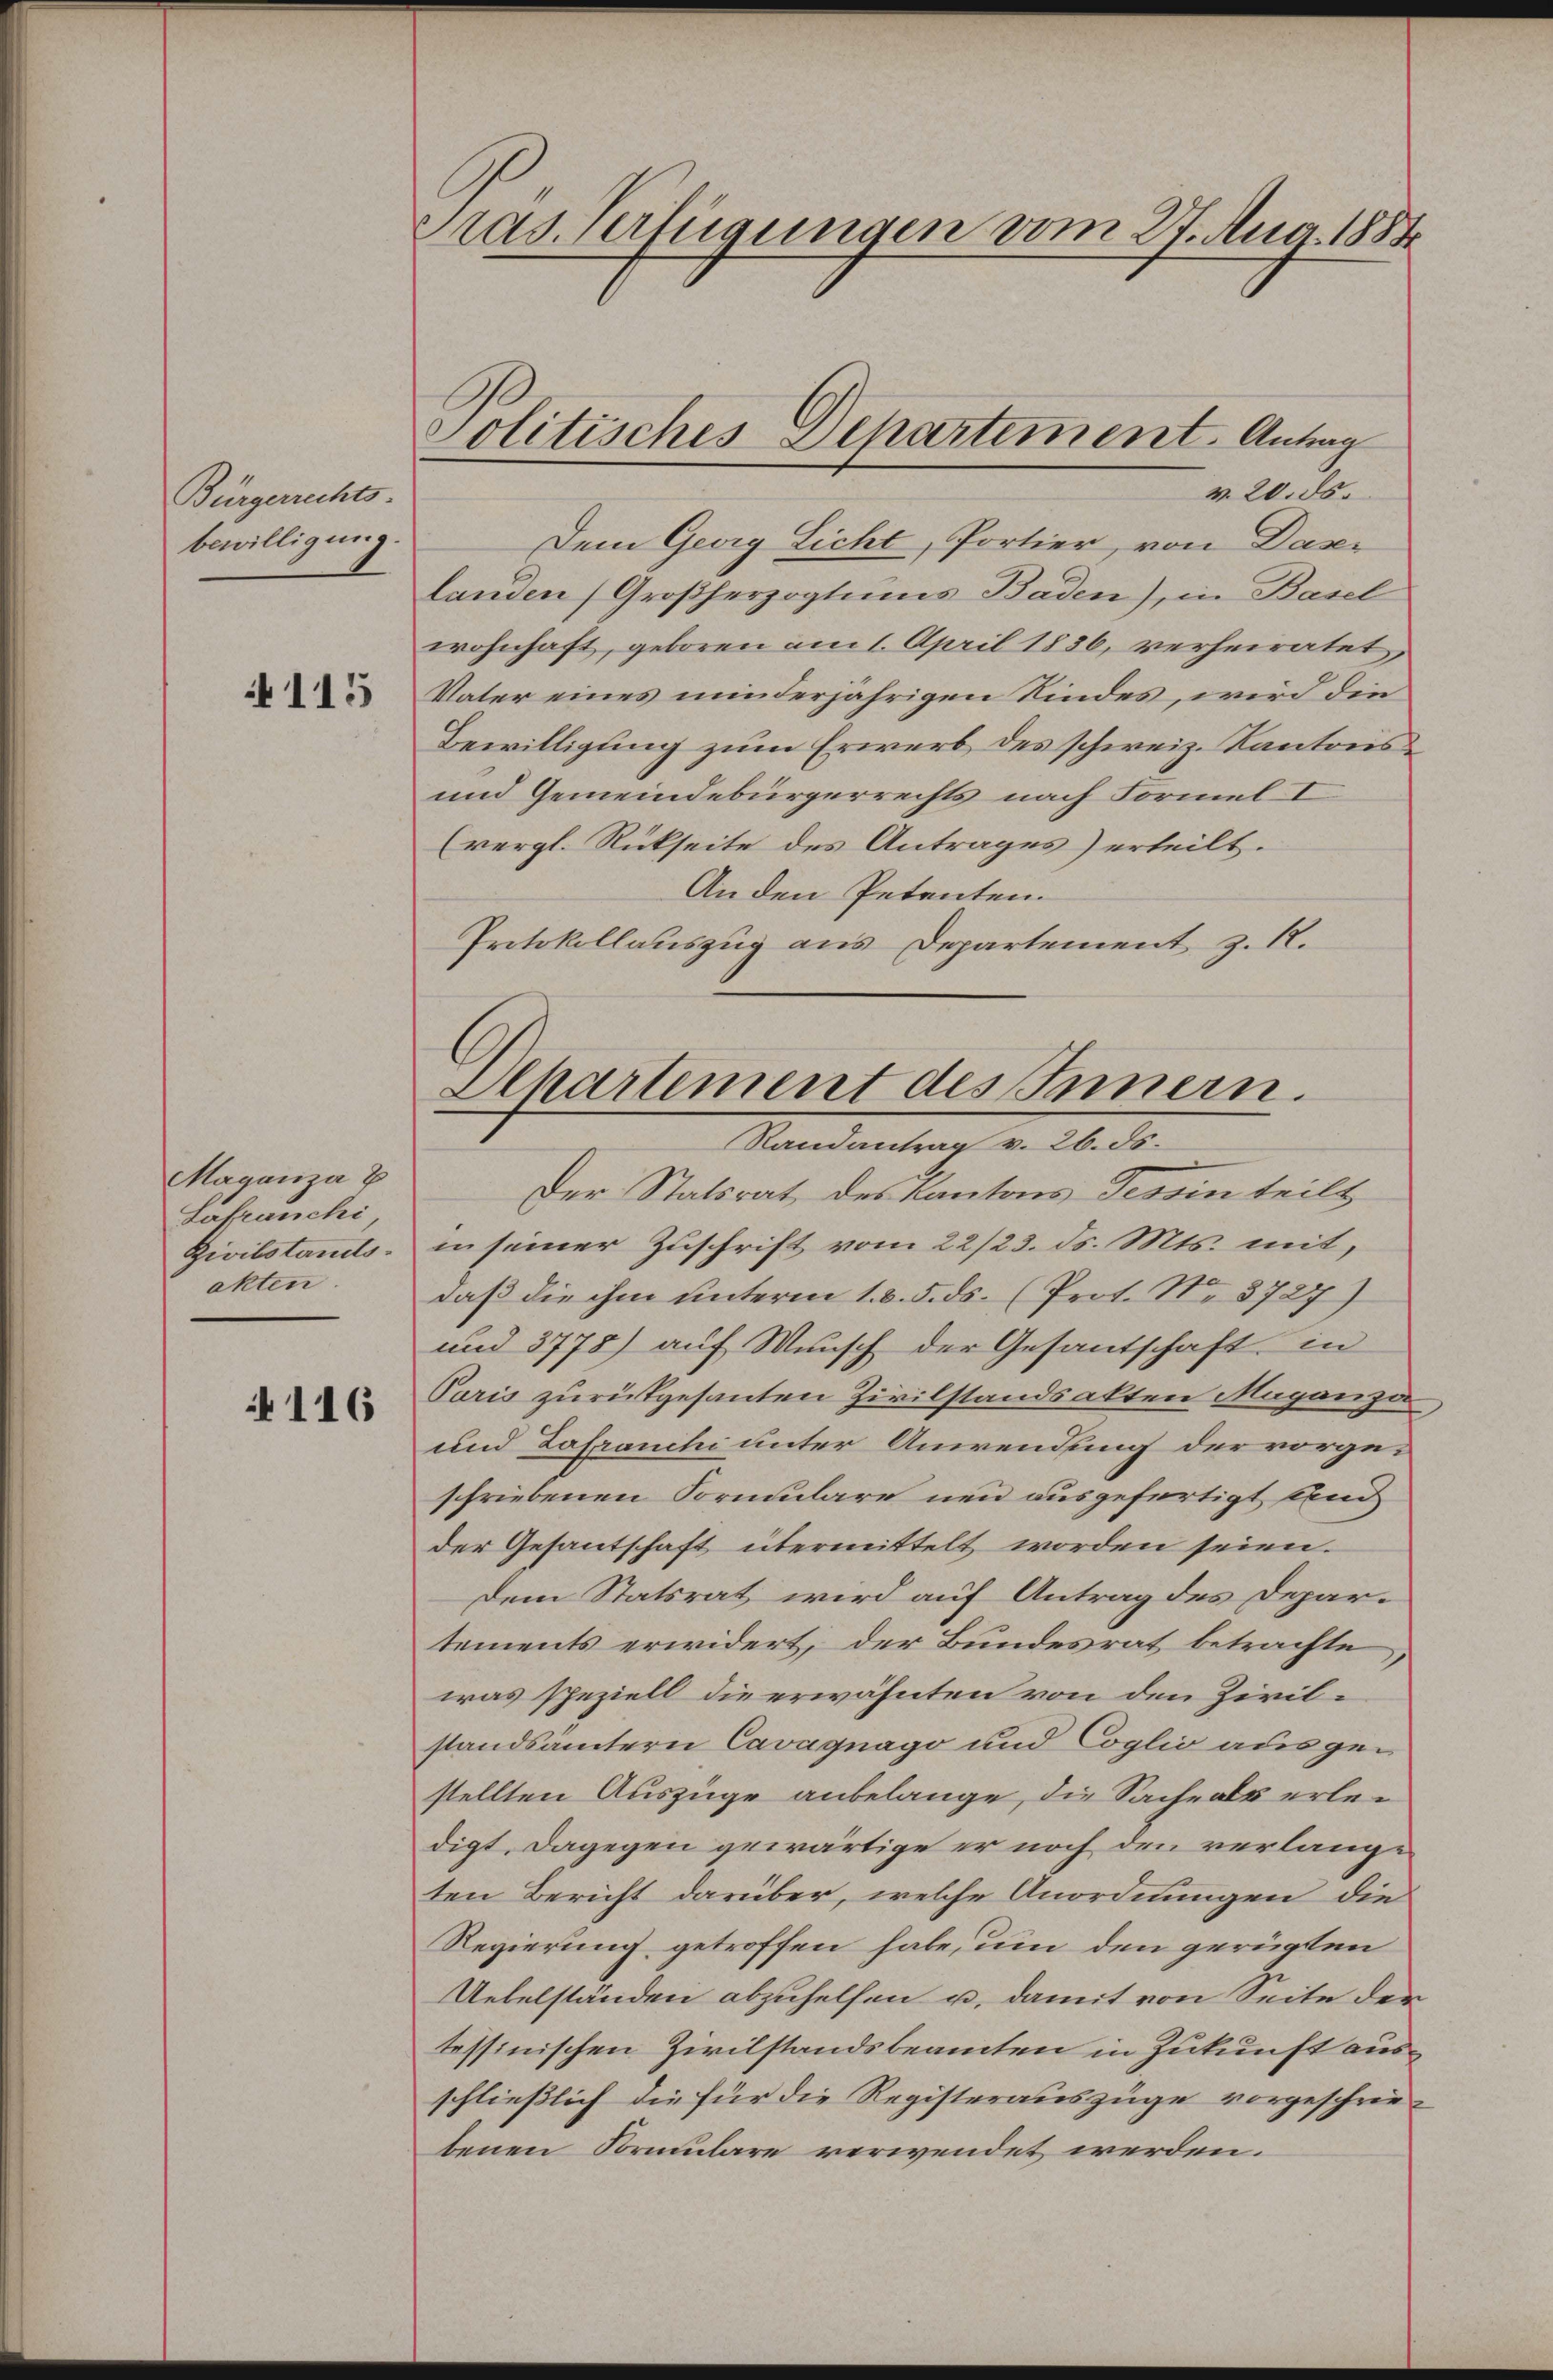
Bürgerrechts-
bewilligung.
4115

Maganza p
Latranchi
Zivilstands
akten.

116

Pras. Verfügungen vom 27. Aug. 1884

Politisches Departement. Antrag

v. 20. ds.
Dem Georg Licht, Portier, von Davi
landen (Großherzogtums Baden), in Basel
wohnhaft, geboren am 1. April 1836, verheiratet
Vater eines minderjährigen Kindes, wird die
Bewilligung zum Erwerb des schweiz. Kantons¬
und Gemeindebürgerrechts nach Formel I
(vergl. Rückseite des Antrages) erteilt.
Anden Petenten.
Protokollauszug aus Departement z. R.

Phartement des Innern.
Randantrag v. 26. ds.

Der Statsrat des Kantons Tessin teilt
in seiner Zuschrift vom 22/23. ds. Mts. mit,
daß die ihm unterm 1. d. 5. ds. (Prot. No. 3727)
und 3778) auf Wunsch der Gesantschaft in
Paris zurükgesanten Zivilstandsakten Maganza
und Zofranchi unter Anwendung der vorgeschriebenen Formulare neu ausgefertigt und
der Gesantschaft übermittelt worden seien.
Dem Statsrat wird auf Antrag des Departements erwidert, der Bundesrat betrachte
was speziell die erwähnten von den Zivilstandsämtern Cavagnago und Coglio aus gestellten Auszüge anbelange, die Sache als erledigt, dagegen gewärtige er noch den verlange
ten Bericht darüber, welche Anordnungen die
Regierung getroffen habe, um den gerügten
Uebelständen abzuhelfen u. damit von Seite der
tessinischen Zivilstandsbeamten in Zukunft ausschließlich die für die Registerauszüge vorgeschriebenen Formulare verwendet werden.